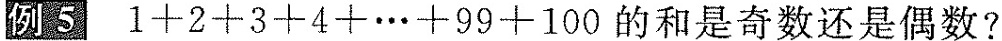
例5 1+2+3+4+…+99+100的和是奇数还是偶数?